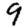
Digit: 9